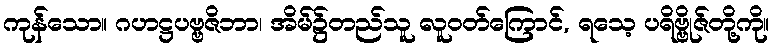
ကုန်သော။ ဂဟဋ္ဌပဗ္ဗဇိဘာ၊ အိမ်၌တည်သူ လူဝတ်ကြောင်, ရသေ့ ပရိဗ္ဗိုဇ်တို့ကို။